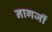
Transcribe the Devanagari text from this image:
नागर्जी